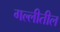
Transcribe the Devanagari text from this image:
गल्लीतील